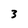
Character: 3